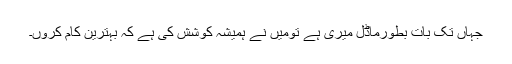
جہاں تک بات بطورماڈل میری ہے تومیں نے ہمیشہ کوشش کی ہے کہ بہترین کام کروں۔